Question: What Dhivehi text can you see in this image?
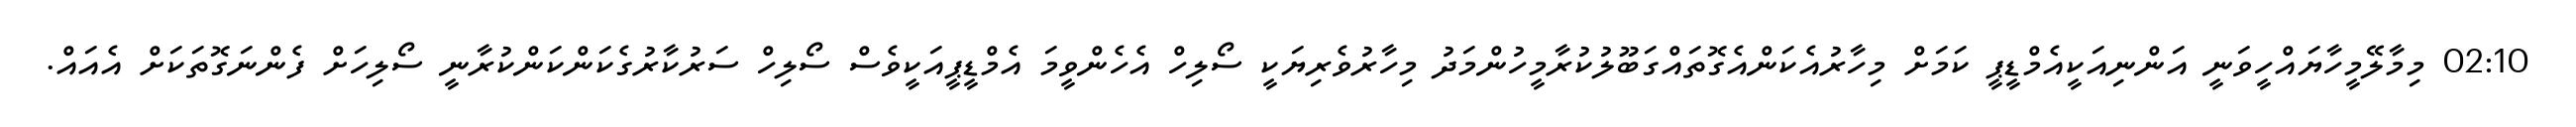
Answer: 02:10 މިމާލޭމީހާޔައްހީވަނީ އަންނިއަކީއެމްޑީޕީ ކަމަށް މިހާރުއެކަންއެގޮތައްގަބޫލުކުރާމީހުންމަދު މިހާރުވެރިޔަކީ ސޯލިހް އެހެންވީމަ އެމްޑީޕީއަކީވެސް ސޯލިހް ސަރުކާރުގެކަންކަންކުރާނީ ސޯލިހަށް ފެންނަގޮތަކަށް އެއައް.